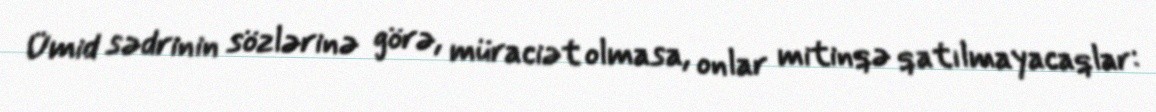
Ümid sədrinin sözlərinə görə, müraciət olmasa, onlar mitinqə qatılmayacaqlar: